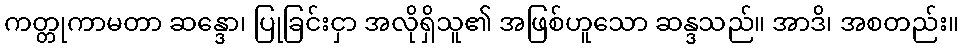
ကတ္တုကာမတာ ဆန္ဒော၊ ပြုခြင်းငှာ အလိုရှိသူ၏ အဖြစ်ဟူသော ဆန္ဒသည်။ အာဒိ၊ အစတည်း။